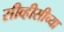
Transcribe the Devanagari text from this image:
सीव्हीसीच्या